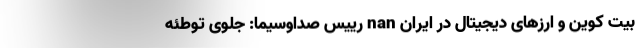
بیت کوین و ارز‌های دیجیتال در ایران nan رییس صداوسیما: جلوی توطئه